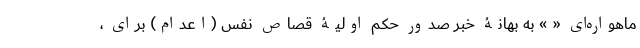
ماهواره‌ای « » به بهانۀ خبر صدور حکم اولیۀ قصاص نفس (اعدام) برای ،